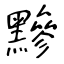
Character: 黲